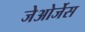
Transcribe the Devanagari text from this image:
जेओर्जेस